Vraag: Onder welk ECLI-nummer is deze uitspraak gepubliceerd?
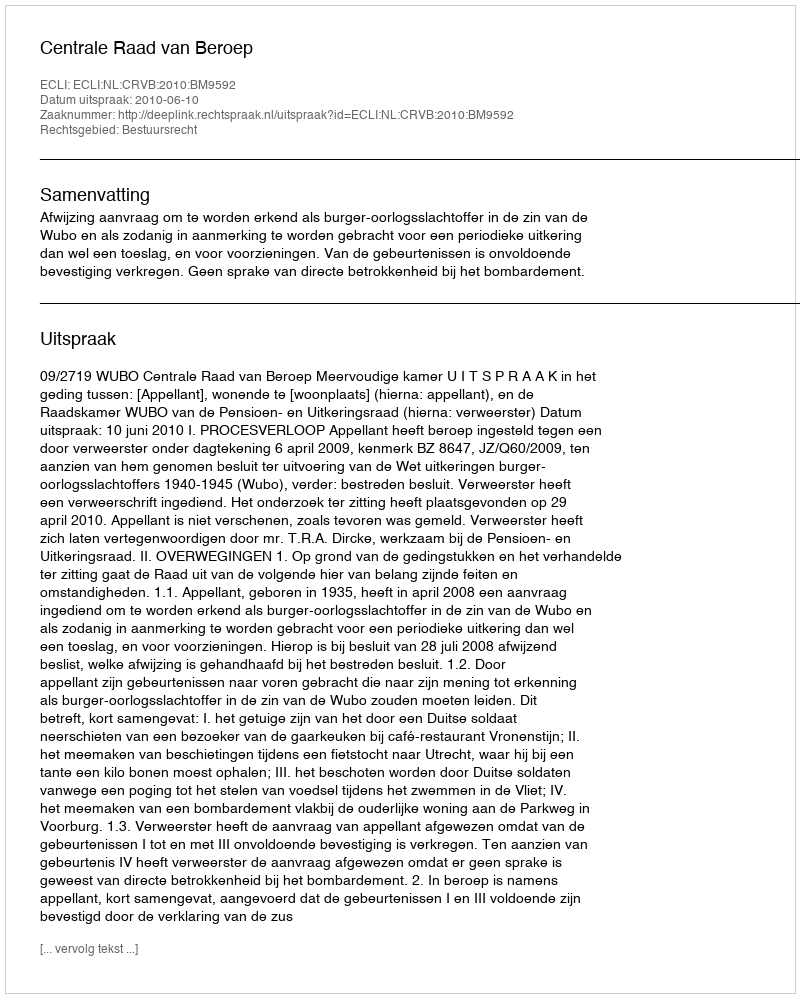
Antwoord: ECLI:NL:CRVB:2010:BM9592